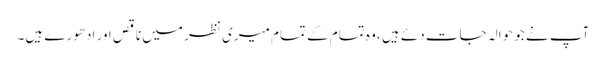
آپ نے جو حوالہ جات دئے ہیں ، وہ تمام کے تمام میری نظر میں ناقص اور ادھورے ہیں۔